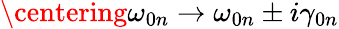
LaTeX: \centering\omega_{0n}\rightarrow\omega_{0n}\pm i\gamma_{0n}